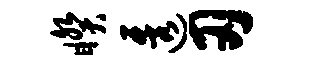
睽透刃